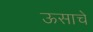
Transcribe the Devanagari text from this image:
ऊसाचे